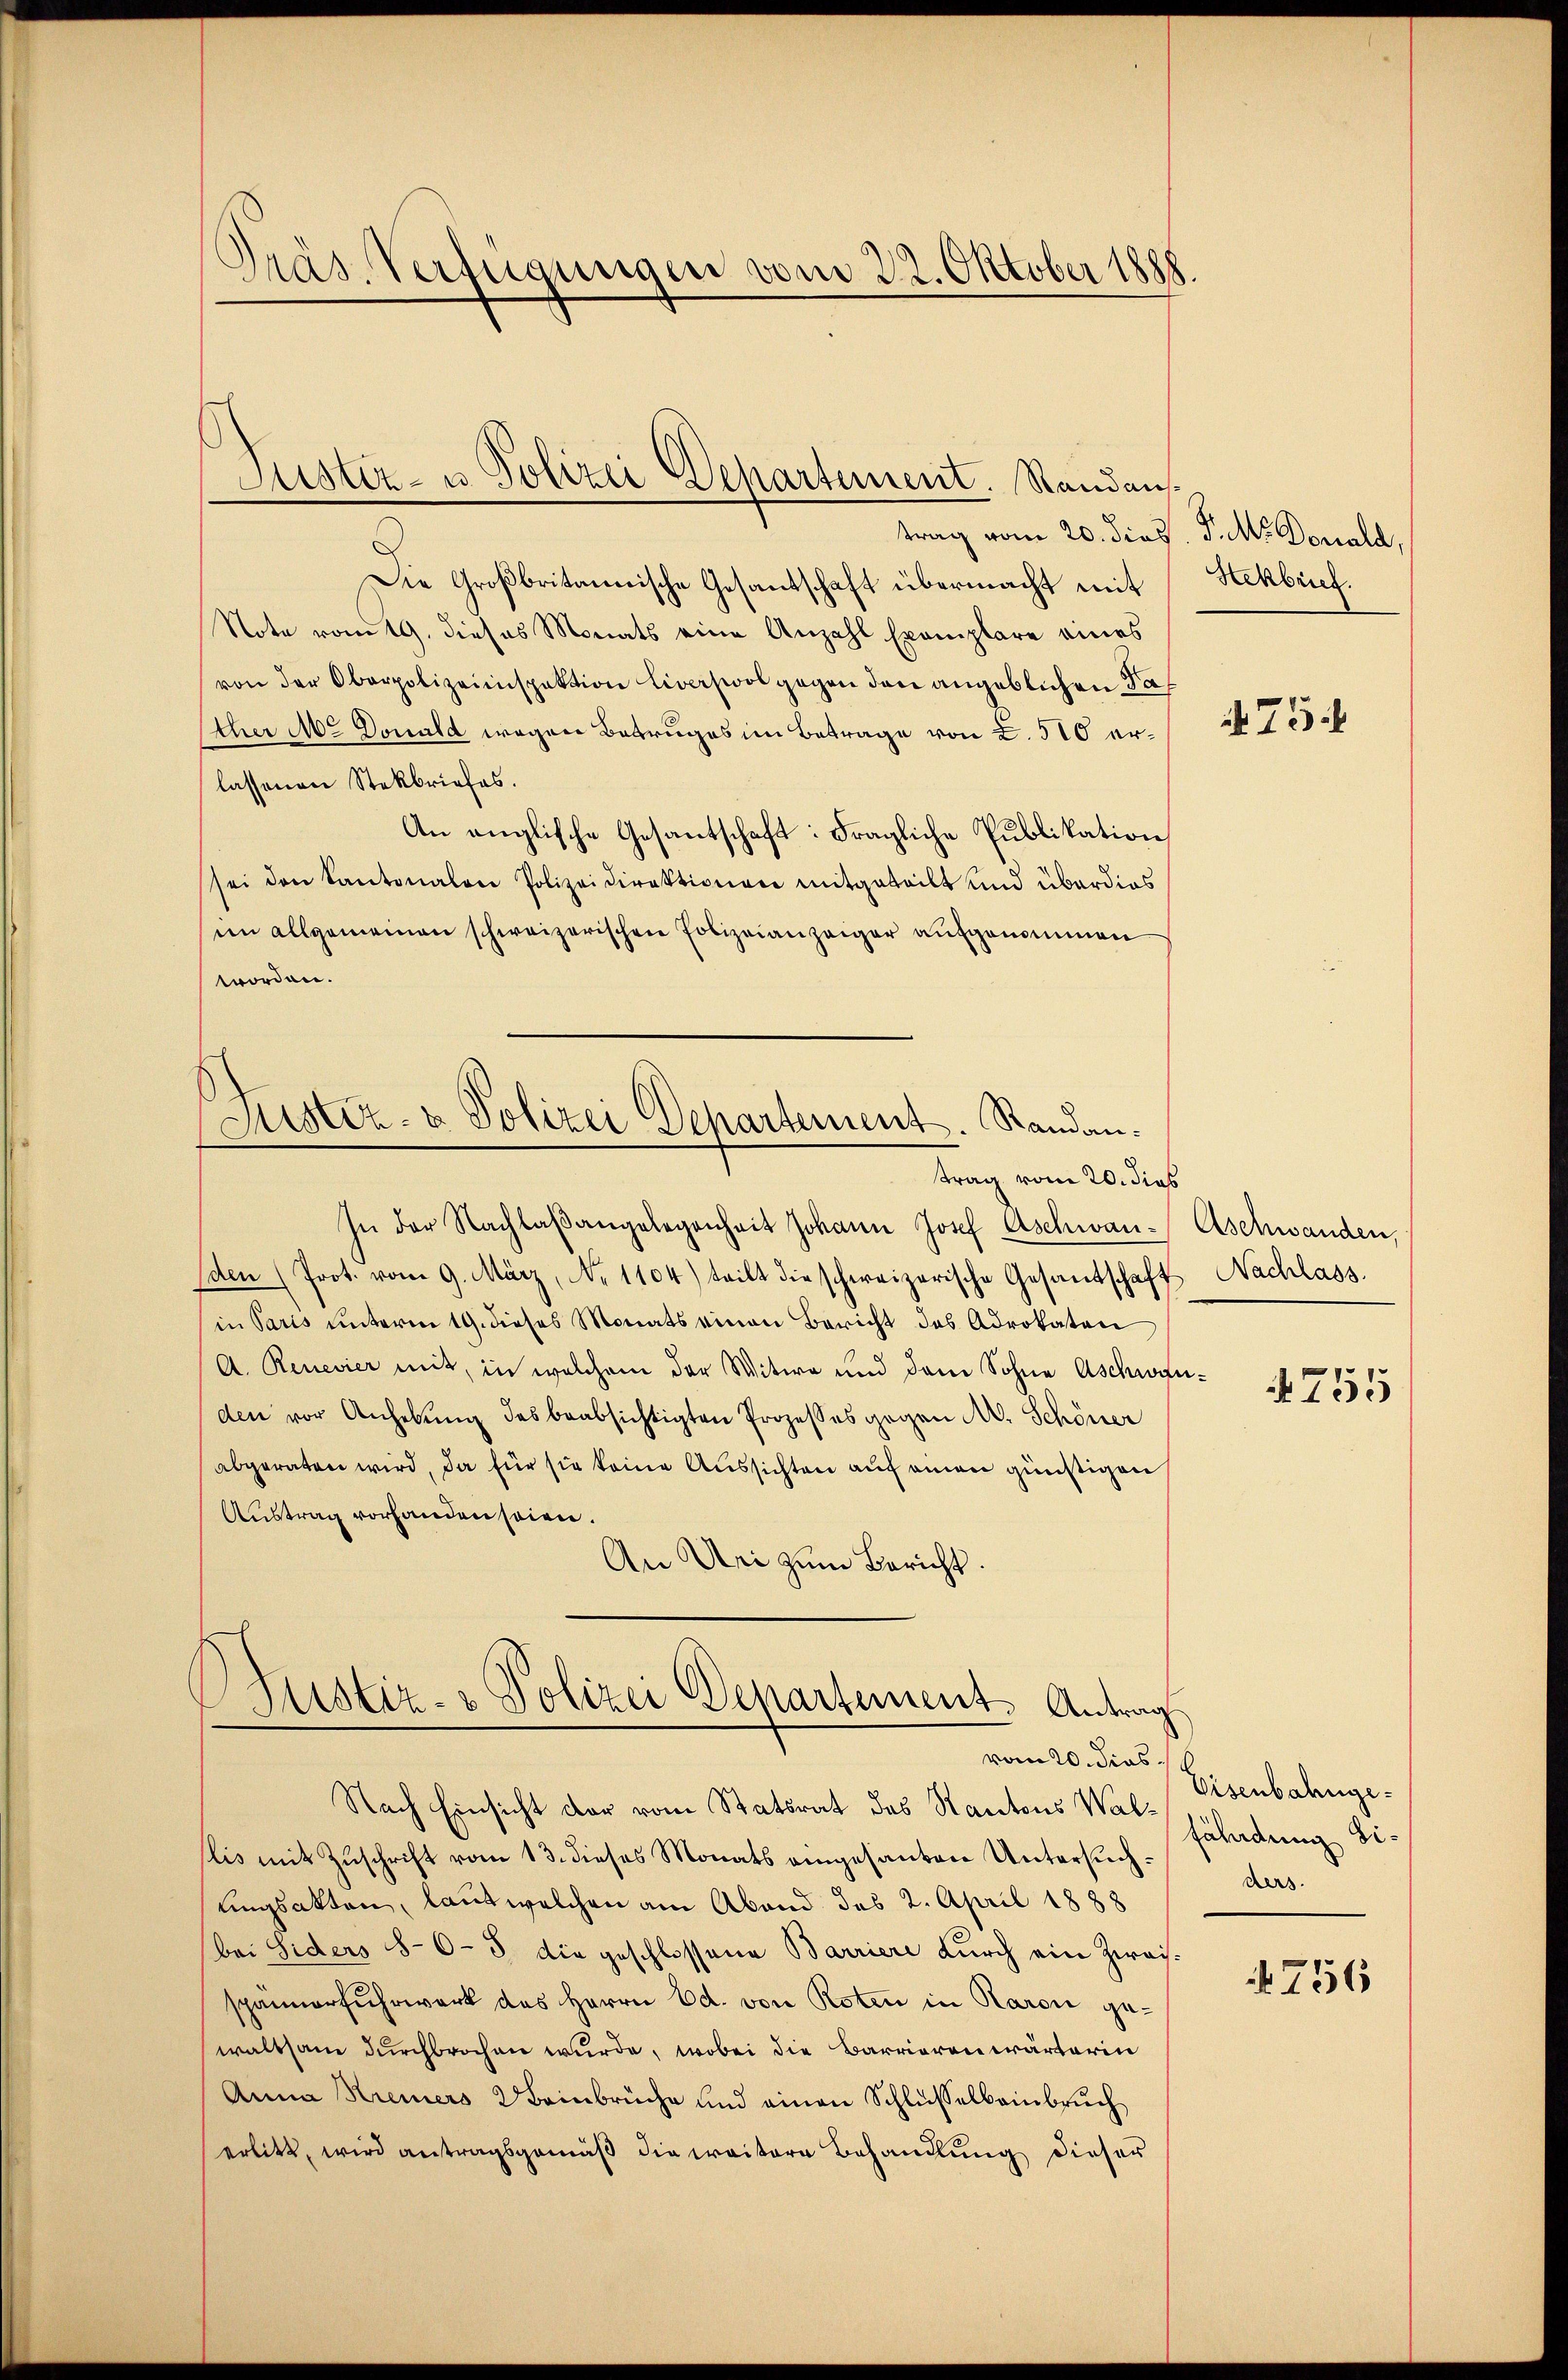
Präs. Verfügungen vom 22. Oktober 1888.

trag vom 20. dies. P. M. Doniald,
Die Großbritannische Gesantschaft übermacht mit
Note vom 19. dieses Monats eine Anzahl Exemplare eines
von der Oberpolizeiinspektion Liverswol gegen den angeblichen Father M. Donald wegen Betruges im Betrage von 2. 510 erlassenen Stekbriefes.
An anglische Gesantschaft: Fragliche Publikation
sei den Kantonalen Polizeidirektionen mitgeteilt und überdies
im allgemeinen schweizerischen Polizeianzeiger aufgenommen
worden.
Justiz- & Polizei Dehartement. Standantrag vom 20. dies
In der Nachlaβangelegenheit Johann Josef Aschwan¬
Eden (Prot. vom 9. März, No. 1104) teilt die schweizerische Gesandschaft
in Paris ŭnterm 19. dieses Monats einen Bericht des Advokaten
A. Renevier mit, in welchem der Witwe und dem Sohne Aschwy
den vor Anhebŭng des beabsichtigten Prozesses gegen N. Schöner
abgeraten wird, da für sie keine Aussichten auf einen günstigen
Austrag vorhanden seien.
An Uri zum Bericht.

Justiz- u Polizei Departement. Randaus¬

Justiz- & Polizei Departement. Antrag
vom 20. dies

Nach Einsicht der vom Statsrat des Kantons Walslis mit Zuschrift vom 13. dieses Monats eingesanten Untersuch:
ungsakten, laut welchen am Abend des 2. April 1888
bei Siders 8-6-8 die geschlossene Barriere durch ein Zwaisspannerfuhrwerk des Herrn Ed. von Roten in Raron gewaltsam dŭrchbrochen wurde, wobei die Barrieren wärterin
Anna Kreiers 2 Beinbrüche und einen Schlüsselbeinbruch
erlitt, wird antragsgemäß die weitere Behandlung dieser

Hekbrief.

475.

Aschwanden,
Nachlass

755

Eisenbahngefährdung Siders.

4756